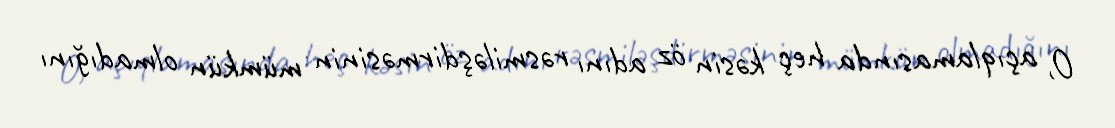
O, açıqlamasında heç kəsin öz adını rəsmiləşdirməsinin mümkün olmadığını